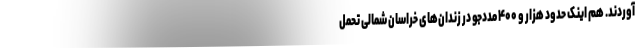
آوردند. هم اینک حدود هزار و ۴۰۰ مددجو در زندان‌های خراسان شمالی تحمل